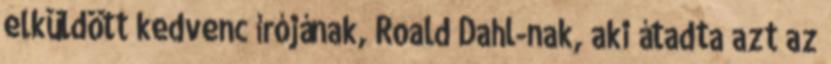
elküldött kedvenc írójának, Roald Dahl-nak, aki átadta azt az